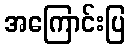
အကြောင်းပြ